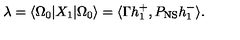
\lambda = \langle \Omega _ { 0 } | X _ { 1 } | \Omega _ { 0 } \rangle = \langle \Gamma h _ { 1 } ^ { + } , P _ { \mathrm { N S } } h _ { 1 } ^ { - } \rangle .